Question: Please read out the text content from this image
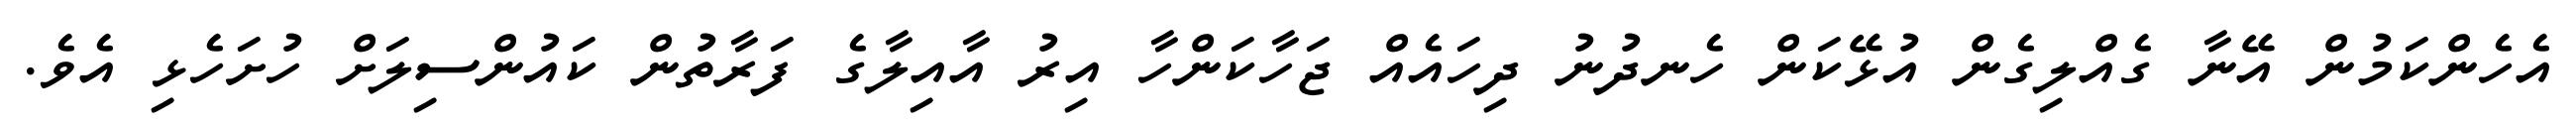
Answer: އެހެންކަމުން އޭނާ ގެއްލިގެން އުޅޭކަން ހެނދުނު ދިހައެއް ޖަހާކަންހާ އިރު އާއިލާގެ ފަރާތުން ކައުންސިލަށް ހުށަހެޅި އެވެ.